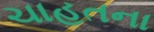
ચાહતના